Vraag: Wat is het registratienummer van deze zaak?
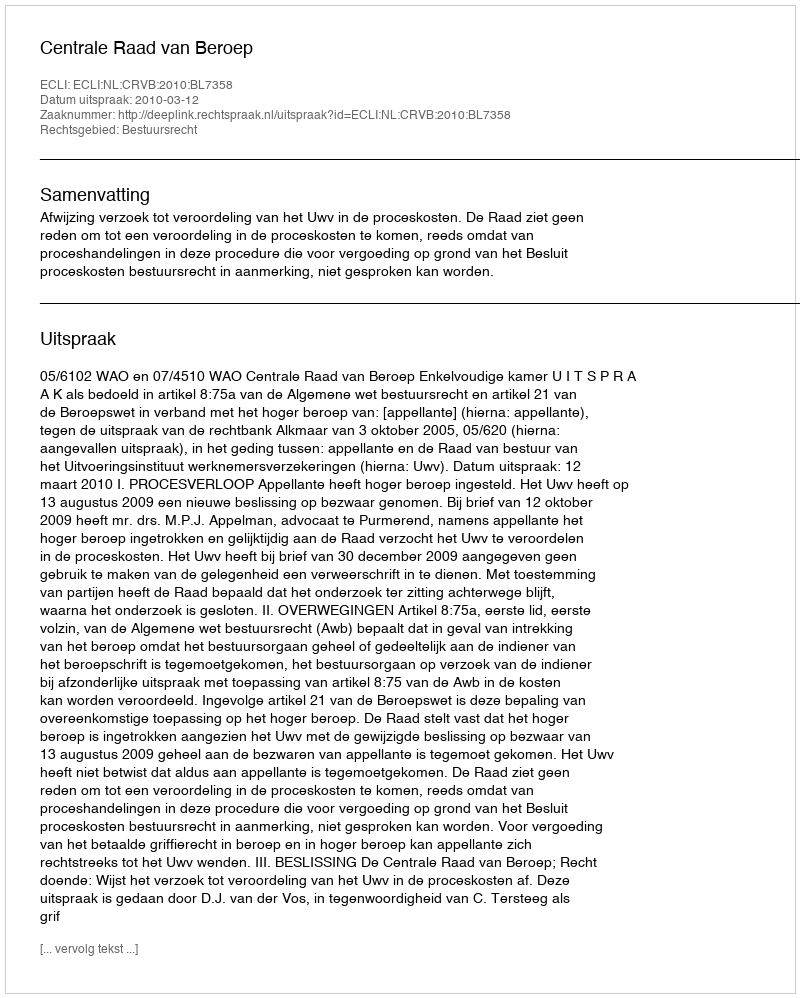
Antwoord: http://deeplink.rechtspraak.nl/uitspraak?id=ECLI:NL:CRVB:2010:BL7358